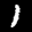
Label: 1